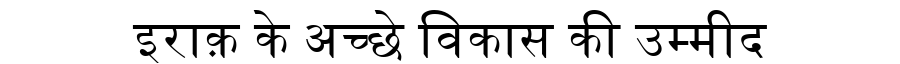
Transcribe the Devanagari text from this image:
इराक़ के अच्छे विकास की उम्मीद